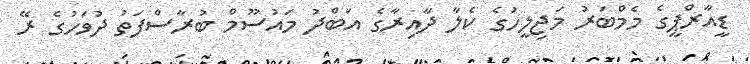
ޑީއާރްޕީގެ މެމްބަރު މަޖިލީހުގެ ކެލާ ދާއިރާގެ އަބްދު މައުސޫމް ބުރާސްފަތު ދުވަހުގެ ރޭ